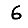
Digit: 6